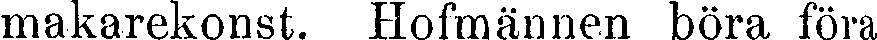
makarekonst. Hofmännen böra föra